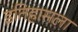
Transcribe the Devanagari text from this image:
इतिहासला